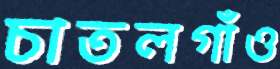
চাতলগাঁও